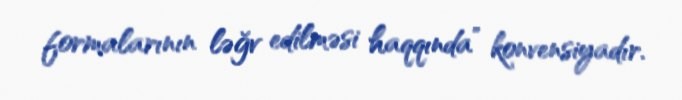
formalarının ləğv edilməsi haqqında” konvensiyadır.